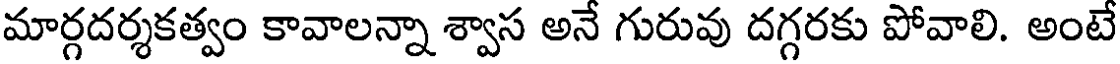
మార్గదర్శకత్వం కావాలన్నా శ్వాస అనే గురువు దగ్గరకు పోవాలి. అంటే